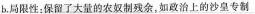
b.局限性：保留了大量的农奴制残余，如政治上的沙皇专制